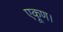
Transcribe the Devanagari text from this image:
एकूण।